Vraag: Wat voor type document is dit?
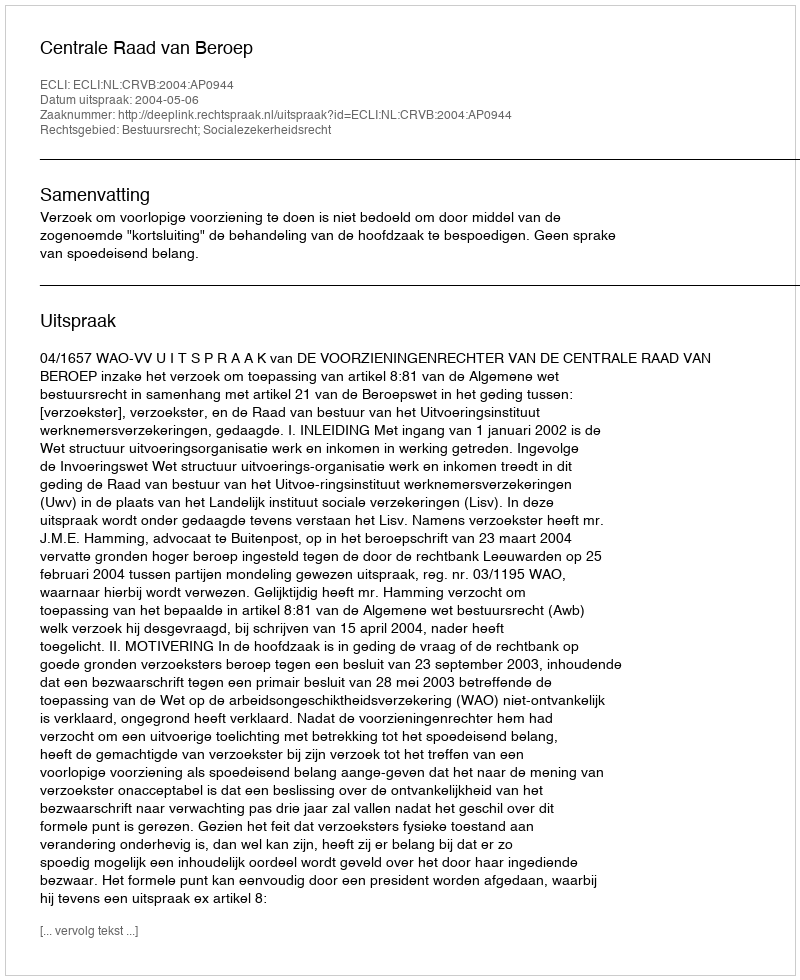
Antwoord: Uitspraak